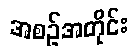
အစဉ်အတိုင်း